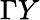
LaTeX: \Gamma Y